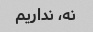
نه، نداریم